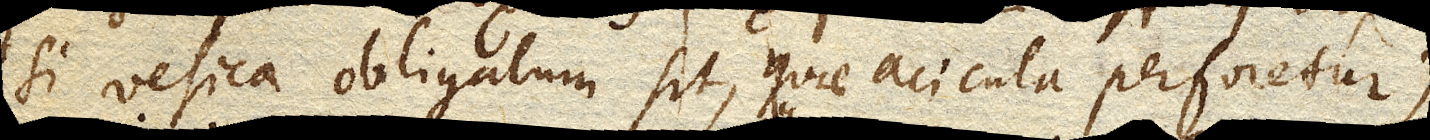
si vesica obligatam sit, quae acicula perforetur)